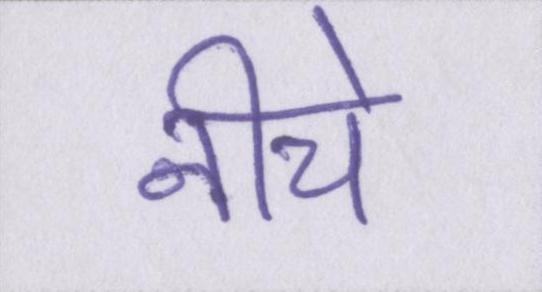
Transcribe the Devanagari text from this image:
नीचे